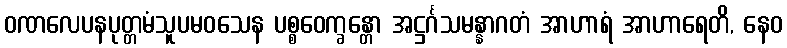
ဝဏလေပနပုတ္တမံသူပမဝသေန ပစ္စဝေက္ခန္တော အဋ္ဌင်္ဂသမန္နာဂတံ အာဟာရံ အာဟာရေတိ, နေဝ